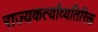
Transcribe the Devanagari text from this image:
राज्यकर्त्यांव्यतिरिक्त